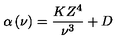
\alpha \left( \nu \right) = \frac { K Z ^ { 4 } } { \nu ^ { 3 } } + D